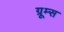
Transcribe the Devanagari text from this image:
ग्रूम्स